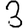
Digit: 3